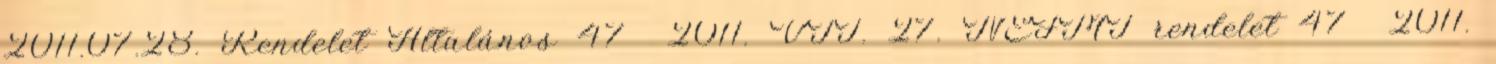
2011.07.28. Rendelet Általános 47 2011. VII. 27. NEFMI rendelet 47 2011.